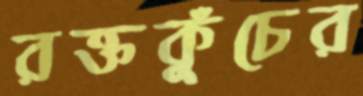
রক্তকুঁচের